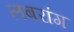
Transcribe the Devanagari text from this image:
लबरांग